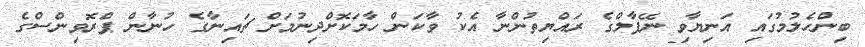
ބިންހެލުމުގައި އަނިޔާވި ނޭޕާލްގެ ރައްޔިތުންނާ އެކު ވާކަން ހާމަކޮށްދިނުމަށް ޗައިނާގެ ހުނާން ޕްރޮވިންސްގެ